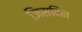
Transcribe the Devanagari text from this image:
जिसदिन